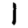
Digit: 1